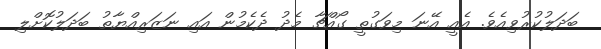
ބަދަލުކުރުވިއެވެ. އެއީ އޭނަ މިވަގުތީ ގޯއްޗާ މެދު ދެކެމުން އައި ނަޒަރިއްޔާތު ބަދަލުކޮށްލި